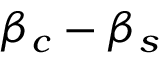
\beta _ { c } - \beta _ { s }